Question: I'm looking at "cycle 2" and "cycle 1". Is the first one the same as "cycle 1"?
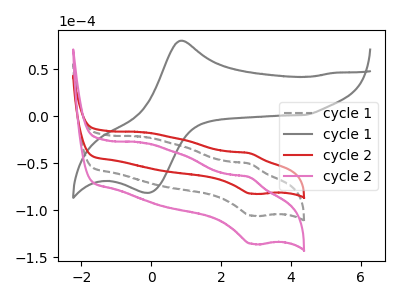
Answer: <think>The gray dashed curve "cycle 1" has an anodic peak at (2.80V, -50.45uA) and a cathodic peak at (2.85V, -105.65uA). The gray curve "cycle 1" has an anodic peak at (0.90V, 80.25uA) and a cathodic peak at (-0.05V, -81.35uA). The red curve "cycle 2" has an anodic peak at (2.80V, -39.30uA) and a cathodic peak at (2.85V, -82.30uA). The pink curve "cycle 2" has an anodic peak at (2.80V, -100.85uA) and a cathodic peak at (2.85V, -211.30uA).
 All the peaks in "cycle 2" have a peak in "cycle 1" at the same potential.</think>
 <answer>"cycle 2" and "cycle 1" are similar in shape.</answer>
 <eval>same_shape</eval>